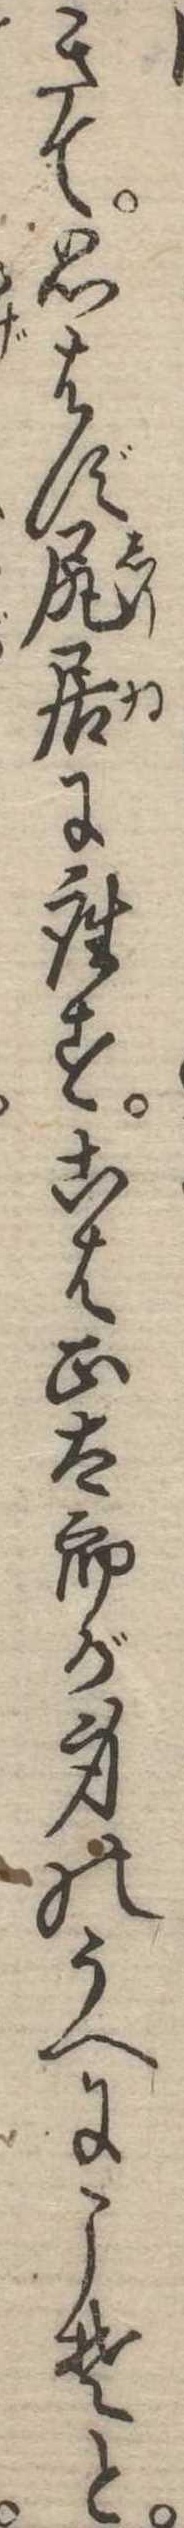
きて思はず尻居に座すこは正太郎が身のうへにこそと